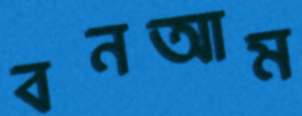
বনআম